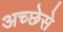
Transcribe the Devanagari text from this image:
अच्छेसे